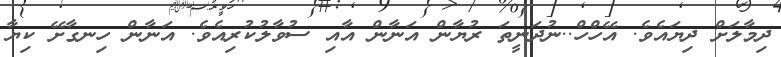
ދިމާލަށް ދިޔައެވެ. އޭހްހް..ނުދަނީތަ ރުޔާން އަނާން އާއި ސުވާލުކުރިއެވެ. އަނާން ހިނގާށޭ ކިޔާ